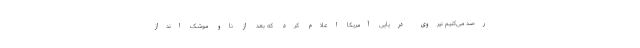
رصد می‌کنیم نیروی دریایی آمریکا اعلام کرد که بعد از ناو موشک انداز